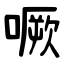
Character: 噘